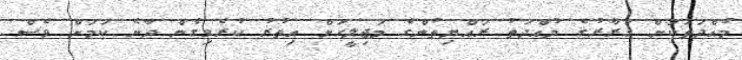
މުއްދަތަކަށް ގަރާރުގެ މުއްދަތު ރައްޔިތުންގެ މަޖިލީހަށް އިތުރު ކުރެވިގެން ދާނެ ކަމަށް ވެސް